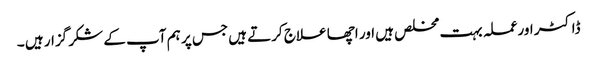
ڈاکٹر اورعملہ بہت مخلص ہیں اور اچھا علاج کرتے ہیں جس پر ہم آپ کے شکر گزار ہیں ۔